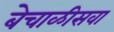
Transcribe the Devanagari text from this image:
बेचाळीसवा